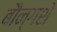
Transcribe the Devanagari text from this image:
बौन्गशे